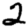
Digit: 2